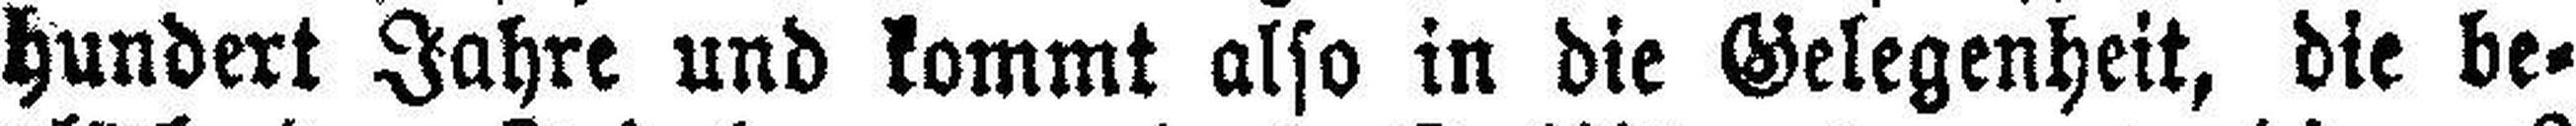
hundert Jahre und kommt also in die Gelegenheit, die be¬